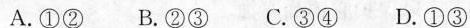
A.①②B.②③ C.③④ D.①③